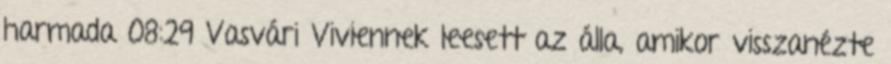
harmada 08:29 Vasvári Viviennek leesett az álla, amikor visszanézte